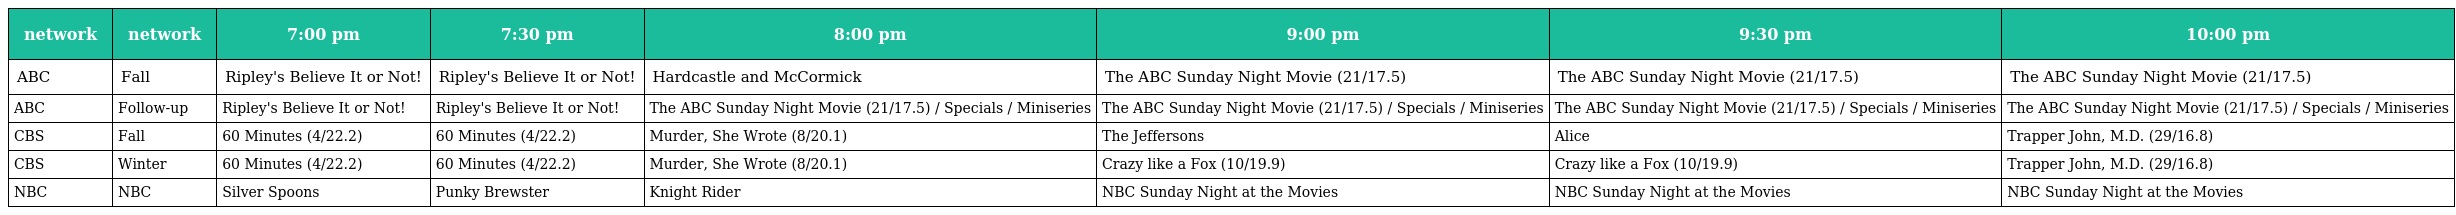
| network | network | 7:00 pm | 7:30 pm | 8:00 pm | 9:00 pm | 9:30 pm | 10:00 pm |
 | --- | --- | --- | --- | --- | --- | --- | --- |
 | ABC | Fall | Ripley's Believe It or Not! | Ripley's Believe It or Not! | Hardcastle and McCormick | The ABC Sunday Night Movie (21/17.5) | The ABC Sunday Night Movie (21/17.5) | The ABC Sunday Night Movie (21/17.5) |
 | ABC | Follow-up | Ripley's Believe It or Not! | Ripley's Believe It or Not! | The ABC Sunday Night Movie (21/17.5) / Specials / Miniseries | The ABC Sunday Night Movie (21/17.5) / Specials / Miniseries | The ABC Sunday Night Movie (21/17.5) / Specials / Miniseries | The ABC Sunday Night Movie (21/17.5) / Specials / Miniseries |
 | CBS | Fall | 60 Minutes (4/22.2) | 60 Minutes (4/22.2) | Murder, She Wrote (8/20.1) | The Jeffersons | Alice | Trapper John, M.D. (29/16.8) |
 | CBS | Winter | 60 Minutes (4/22.2) | 60 Minutes (4/22.2) | Murder, She Wrote (8/20.1) | Crazy like a Fox (10/19.9) | Crazy like a Fox (10/19.9) | Trapper John, M.D. (29/16.8) |
 | NBC | NBC | Silver Spoons | Punky Brewster | Knight Rider | NBC Sunday Night at the Movies | NBC Sunday Night at the Movies | NBC Sunday Night at the Movies |